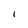
Character: I